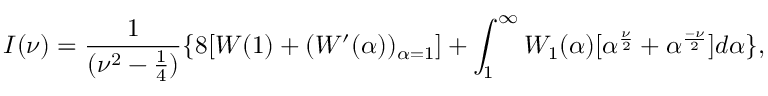
I ( \nu ) = \frac { 1 } { ( \nu ^ { 2 } - \frac { 1 } { 4 } ) } \{ 8 [ W ( 1 ) + ( W ^ { \prime } ( \alpha ) ) _ { \alpha = 1 } ] + \int _ { 1 } ^ { \infty } W _ { 1 } ( \alpha ) [ \alpha ^ { \frac { \nu } { 2 } } + \alpha ^ { \frac { - \nu } { 2 } } ] d \alpha \} ,